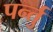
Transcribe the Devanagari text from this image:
पर्न्तु